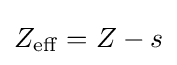
Z_{\mathrm {eff} }=Z-s